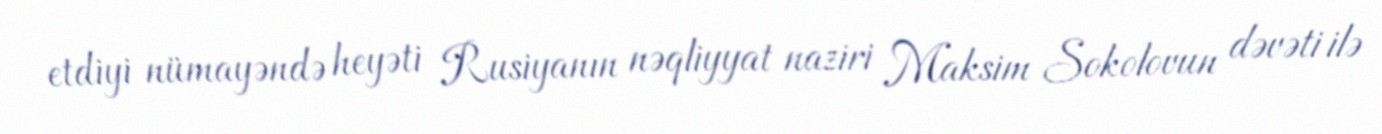
etdiyi nümayəndə heyəti Rusiyanın nəqliyyat naziri Maksim Sokolovun dəvəti ilə